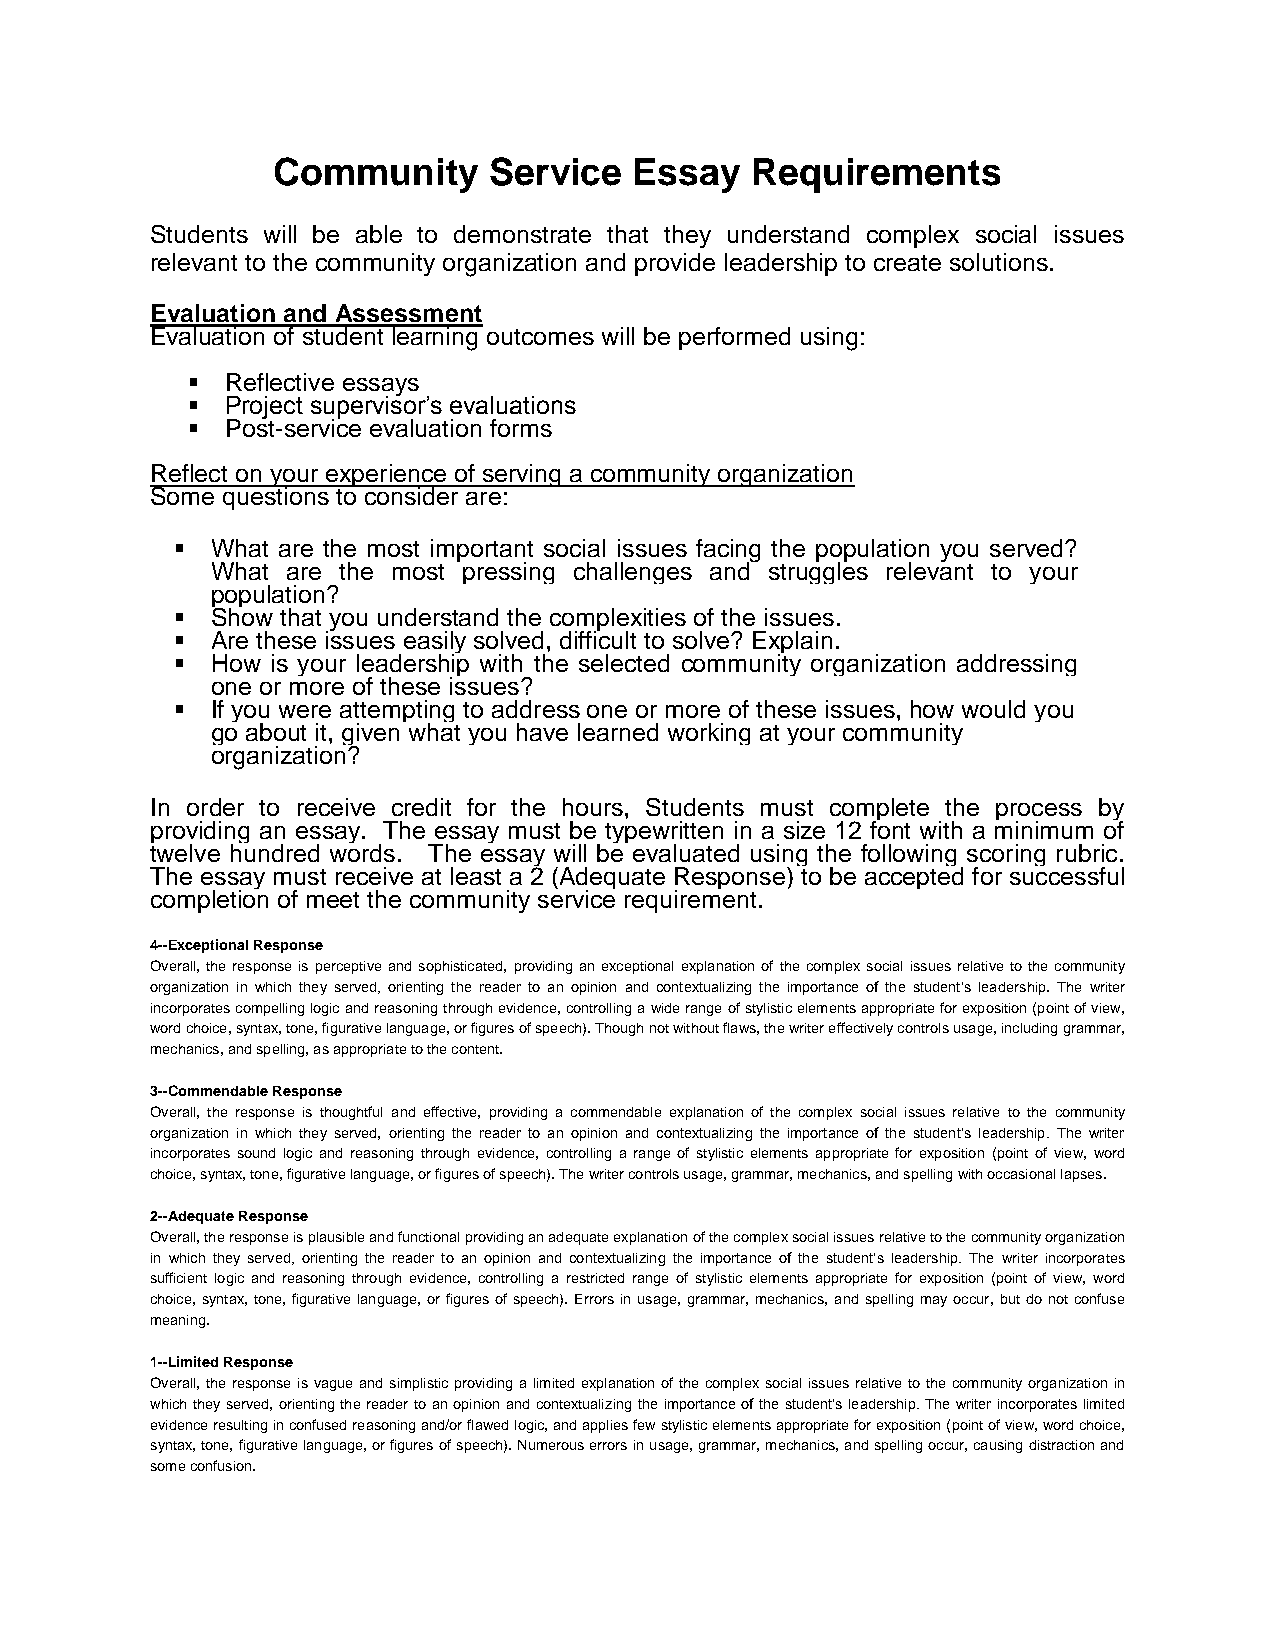
Community     Service   Essay   Requirements
 Students will be able to demonstrate that they understand complex social issues
 relevant to the community organization and provide leadership to create solutions.
 Evaluation and Assessment
 Evaluation of student learning outcomes will be performed using:
   Reflective essays
   Project supervisor’s evaluations
   Post-service evaluation forms
 Reflect on your experience of serving a community organization
 Some questions to consider are:
   What are the most important social issues facing the population you served?
 What are the most pressing challenges and struggles relevant to your
 population?
   Show that you understand the complexities of the issues.
   Are these issues easily solved, difficult to solve? Explain.
   How is your leadership with the selected community organization addressing
 one or more of these issues?
   If you were attempting to address one or more of these issues, how would you
 go about it, given what you have learned working at your community
 organization?
 In order to receive credit for the hours, Students must complete the process by
 providing an essay. The essay must be typewritten in a size 12 font with a minimum of
 twelve hundred words. The essay will be evaluated using the following scoring rubric.
 The essay must receive at least a 2 (Adequate Response) to be accepted for successful
 completion of meet the community service requirement.
 4--Exceptional Response
 Overall, the response is perceptive and sophisticated, providing an exceptional explanation of the complex social issues relative to the community
 organization in which they served, orienting the reader to an opinion and contextualizing the importance of the student’s leadership. The writer
 incorporates compelling logic and reasoning through evidence, controlling a wide range of stylistic elements appropriate for exposition (point of view,
 word choice, syntax, tone, figurative language, or figures of speech). Though not without flaws, the writer effectively controls usage, including grammar,
 mechanics, and spelling, as appropriate to the content.
 3--Commendable Response
 Overall, the response is thoughtful and effective, providing a commendable explanation of the complex social issues relative to the community
 organization in which they served, orienting the reader to an opinion and contextualizing the importance of the student’s leadership. The writer
 incorporates sound logic and reasoning through evidence, controlling a range of stylistic elements appropriate for exposition (point of view, word
 choice, syntax, tone, figurative language, or figures of speech). The writer controls usage, grammar, mechanics, and spelling with occasional lapses.
 2--Adequate Response
 Overall, the response is plausible and functional providing an adequate explanation of the complex social issues relative to the community organization
 in which they served, orienting the reader to an opinion and contextualizing the importance of the student’s leadership. The writer incorporates
 sufficient logic and reasoning through evidence, controlling a restricted range of stylistic elements appropriate for exposition (point of view, word
 choice, syntax, tone, figurative language, or figures of speech). Errors in usage, grammar, mechanics, and spelling may occur, but do not confuse
 meaning.
 1--Limited Response
 Overall, the response is vague and simplistic providing a limited explanation of the complex social issues relative to the community organization in
 which they served, orienting the reader to an opinion and contextualizing the importance of the student’s leadership. The writer incorporates limited
 evidence resulting in confused reasoning and/or flawed logic, and applies few stylistic elements appropriate for exposition (point of view, word choice,
 syntax, tone, figurative language, or figures of speech). Numerous errors in usage, grammar, mechanics, and spelling occur, causing distraction and
 some confusion.